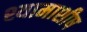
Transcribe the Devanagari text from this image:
श्यामाशीष